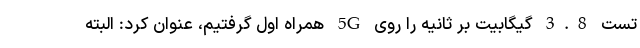
تست 3.8 گیگابیت بر ثانیه را روی 5G همراه اول گرفتیم، عنوان کرد: البته